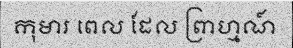
កុមារ ពេល ដែល ព្រាហ្មណ៍